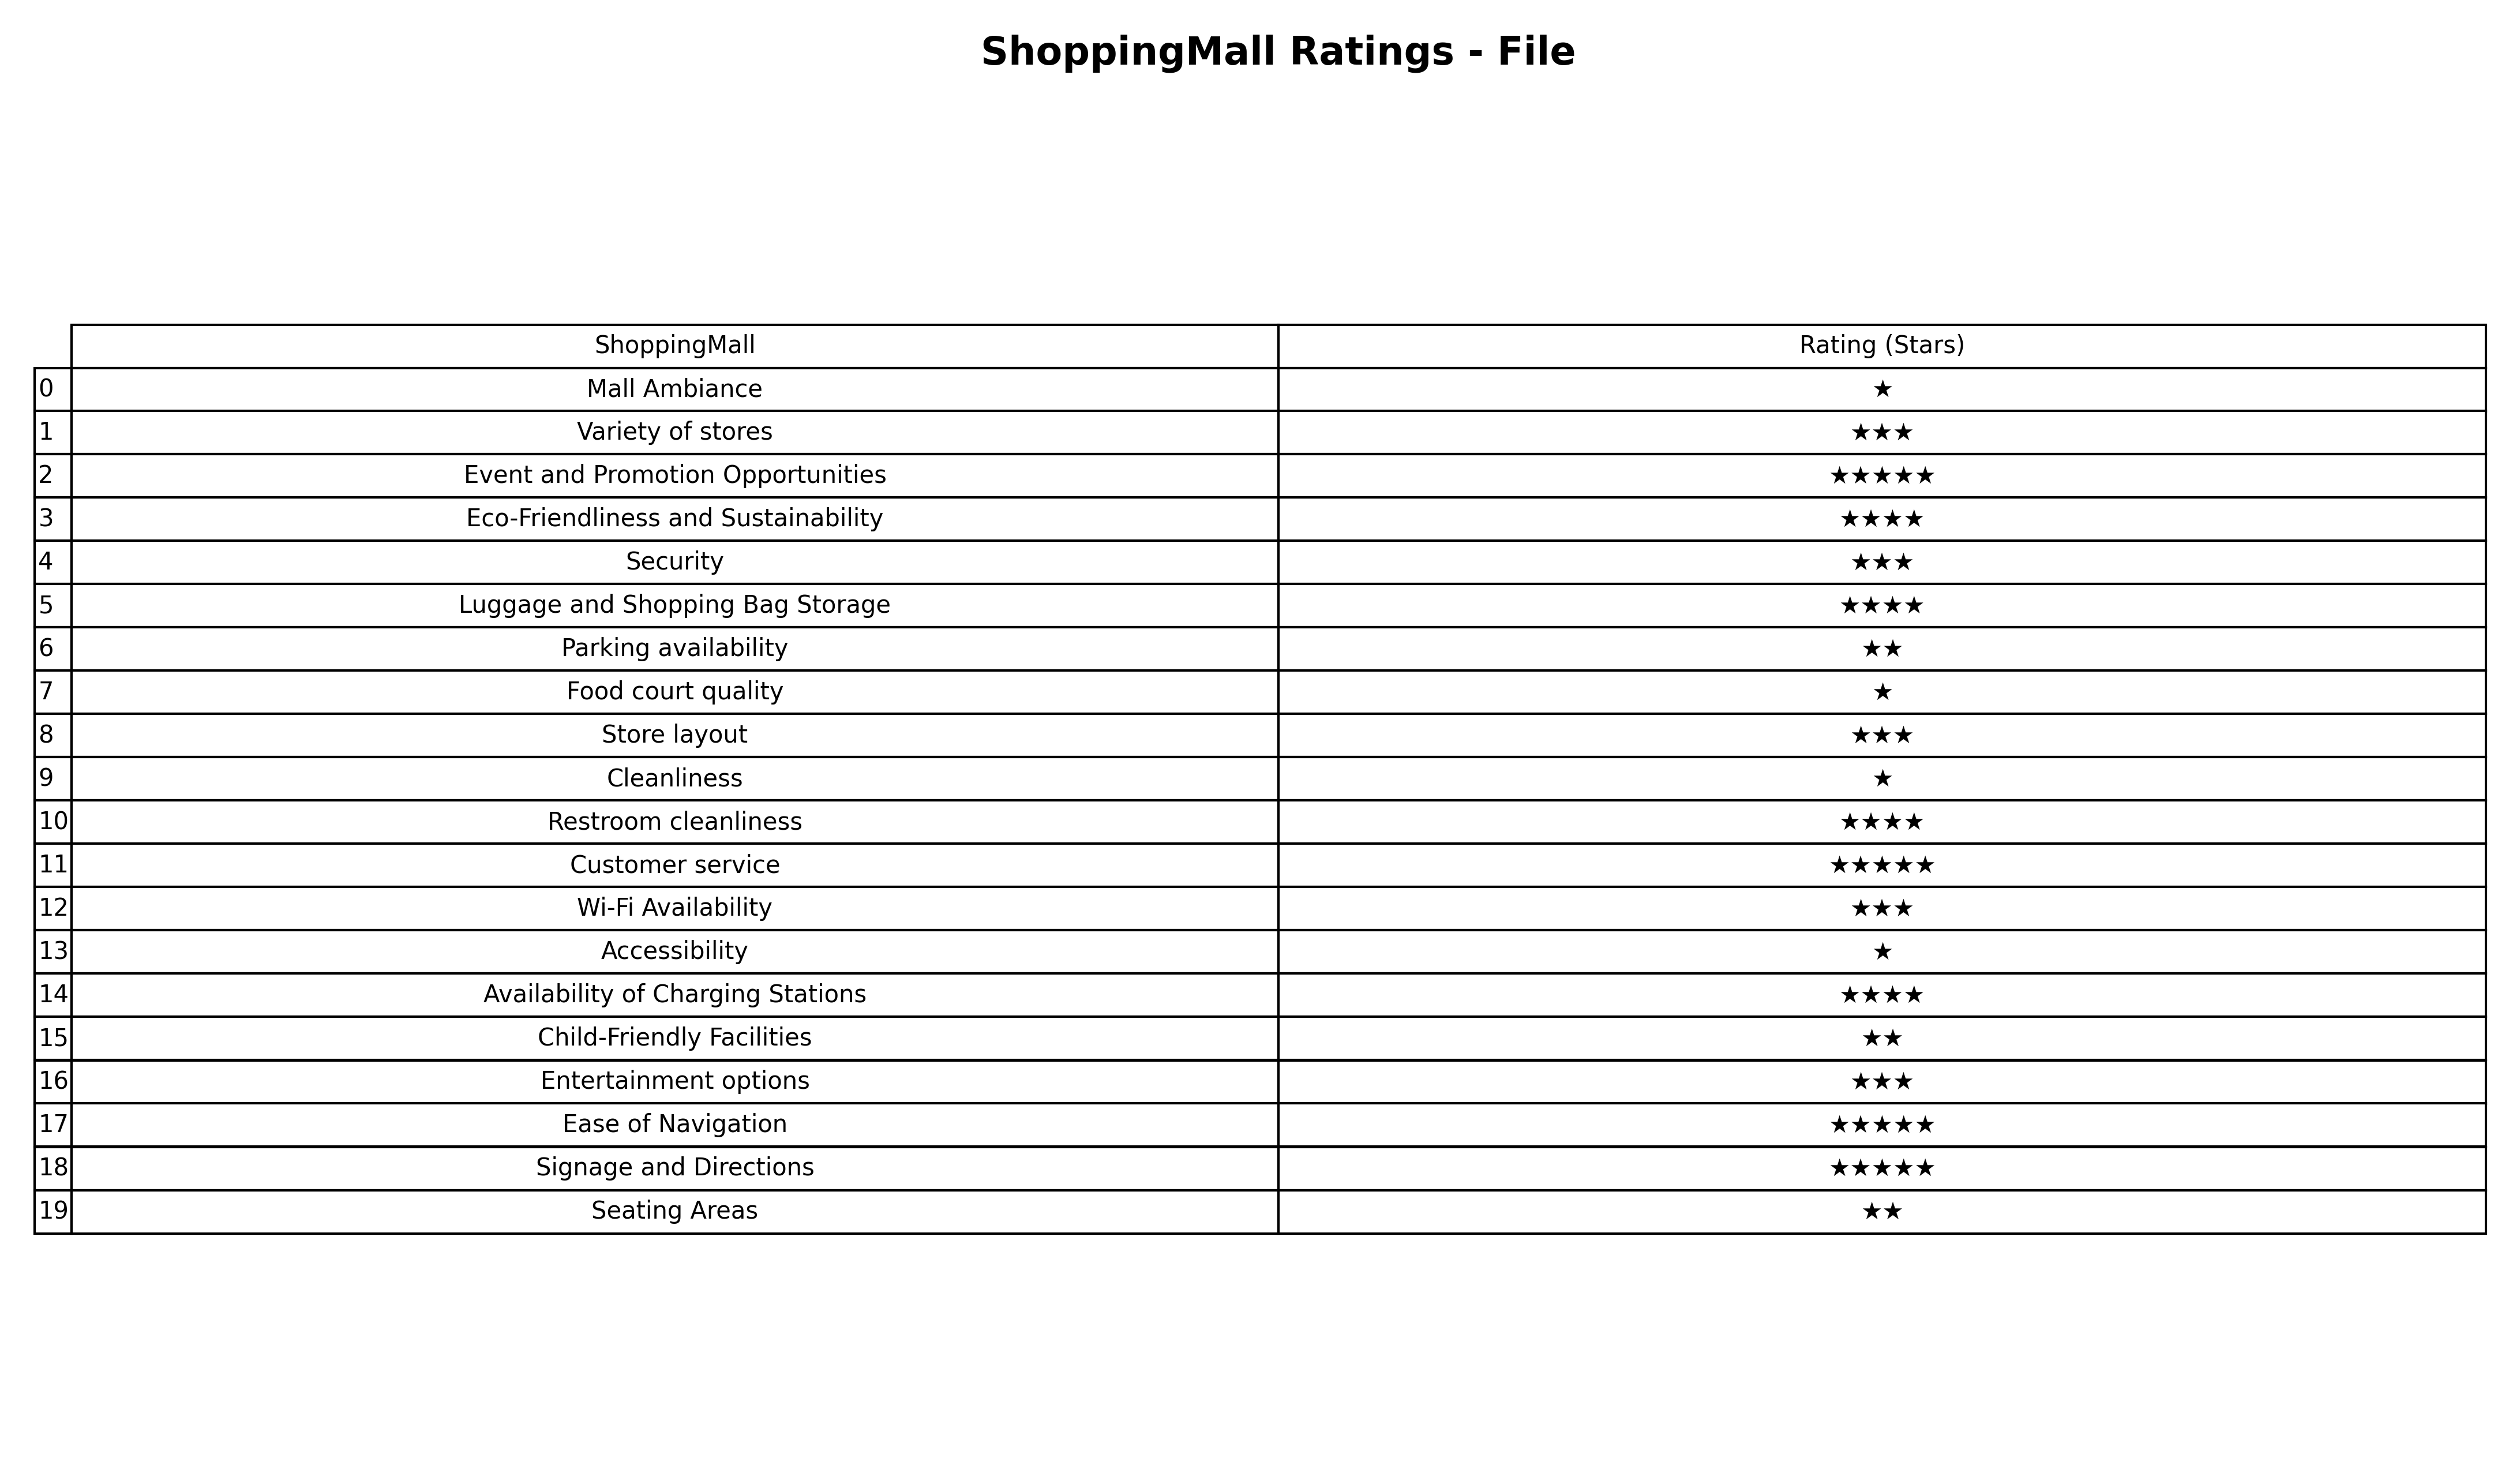
question: What is the rating of Customer service?
answer: ★★★★★